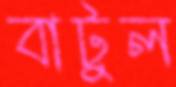
বাটুল